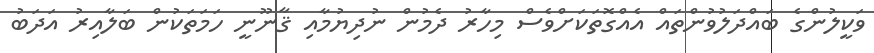
ވަކީލުންގެ ބައްދަލުވުންތައް އެއްގޮތަކަށްވެސް މިހާރު ދެމުން ނުދިޔުމާއި ޤާނޫނީ ހަމަތަކުން ބަލާއިރު އަދަބު